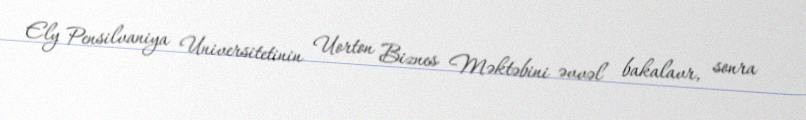
Ely Pensilvaniya Universitetinin Uorton Biznes Məktəbini əvvəl bakalavr, sonra